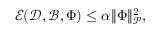
\boldsymbol { \mathcal { E } } ( \mathcal { D } , \mathcal { B } , \boldsymbol { \Phi } ) \leq \alpha \| \boldsymbol { \Phi } \| _ { \mathcal { P } } ^ { 2 } ,